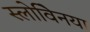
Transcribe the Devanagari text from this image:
स्लोवेिनया